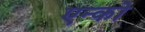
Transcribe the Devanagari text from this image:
एन्को